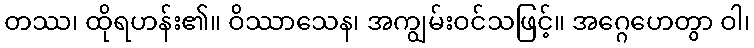
တဿ၊ ထိုရဟန်း၏။ ဝိဿာသေန၊ အကျွမ်းဝင်သဖြင့်။ အဂ္ဂေဟေတွာ ဝါ၊